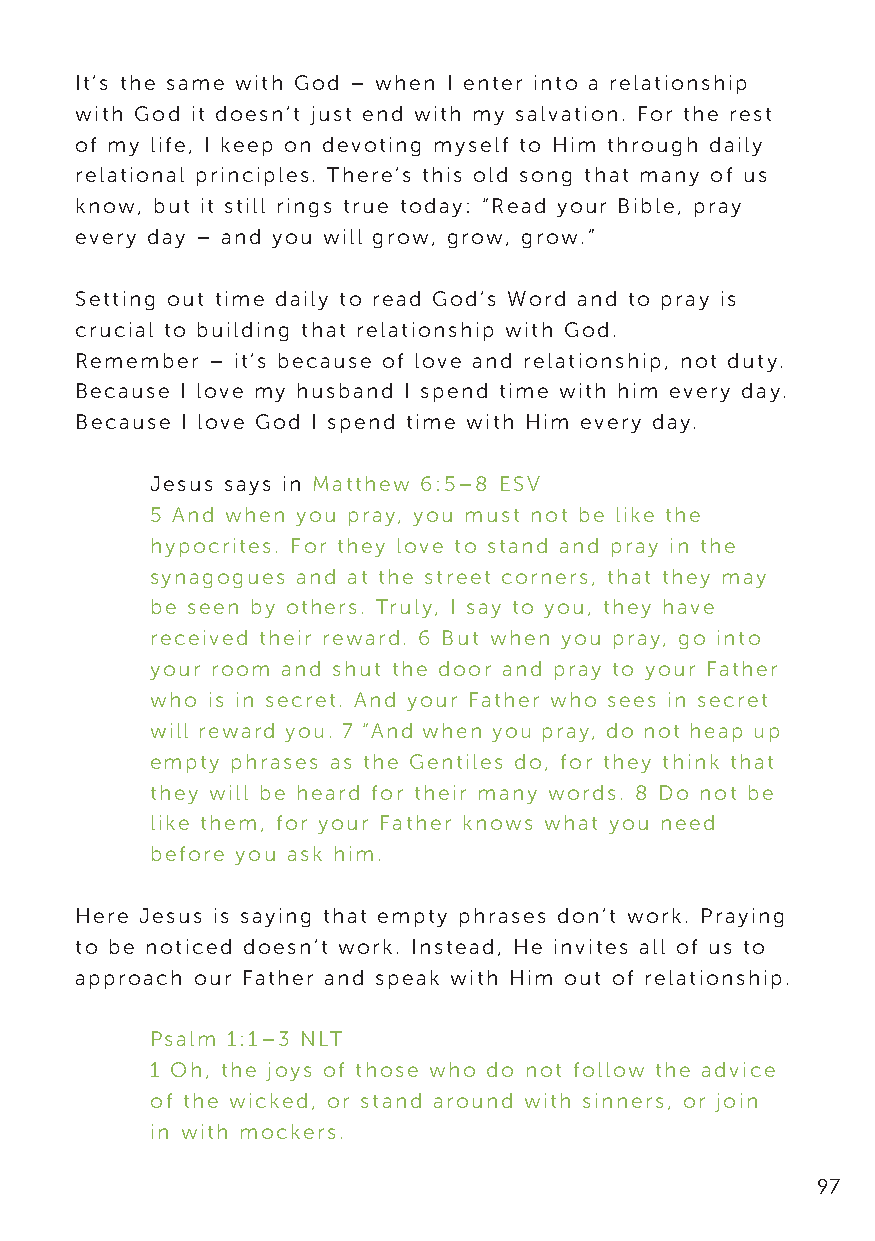
It’s the same with God – when I enter into a relationship
 with God it doesn’t just end with my salvation. For the rest
 of my life, I keep on devoting myself to Him through daily
 relational principles. There’s this old song that many of us
 know, but it still rings true today: “Read your Bible, pray
 every day – and you will grow, grow, grow.”
 Setting out time daily to read God’s Word and to pray is
 crucial to building that relationship with God.
 Remember – it’s because of love and relationship, not duty.
 Because I love my husband I spend time with him every day.
 Because I love God I spend time with Him every day.
 Jesus says in Matthew 6:5–8 ESV
 5 And when you pray, you must not be like the
 hypocrites. For they love to stand and pray in the
 synagogues and at the street corners, that they may
 be seen by others. Truly, I say to you, they have
 received their reward. 6 But when you pray, go into
 your room and shut the door and pray to your Father
 who is in secret. And your Father who sees in secret
 will reward you. 7 “And when you pray, do not heap up
 empty phrases as the Gentiles do, for they think that
 they will be heard for their many words. 8 Do not be
 like them, for your Father knows what you need
 before you ask him.
 Here Jesus is saying that empty phrases don’t work. Praying
 to be noticed doesn’t work. Instead, He invites all of us to
 approach our Father and speak with Him out of relationship.
 Psalm 1:1–3 NLT
 1 Oh, the joys of those who do not follow the advice
 of the wicked, or stand around with sinners, or join
 in with mockers.
 97